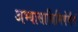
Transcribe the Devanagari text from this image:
अभ्यासान्निमिषेणैवं